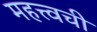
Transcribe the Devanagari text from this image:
महत्त्वची